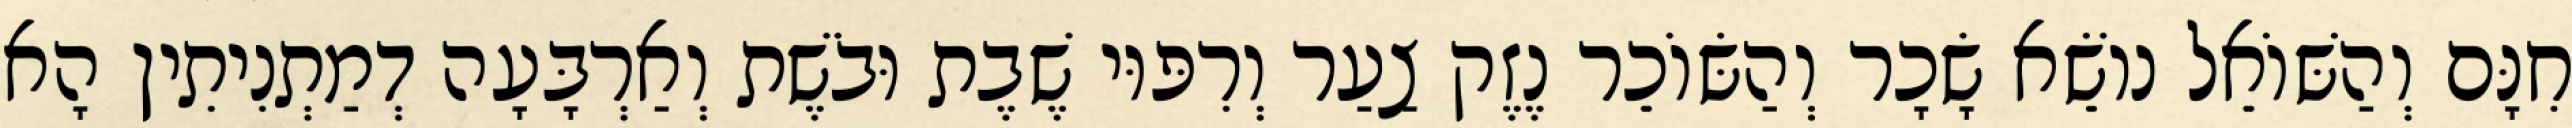
חִנָּם וְהַשּׁוֹאֵל נוֹשֵׂא שָׂכָר וְהַשּׂוֹכֵר נֶזֶק צַעַר וְרִפּוּי שֶׁבֶת וּבֹשֶׁת וְאַרְבָּעָה דְמַתְנִיתִין הָא